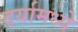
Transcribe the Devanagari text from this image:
दर्यामध्ये